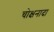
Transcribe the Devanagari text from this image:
चोक्षनादा